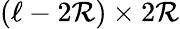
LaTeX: (\ell-2\mathcal{R})\times2\mathcal{R}